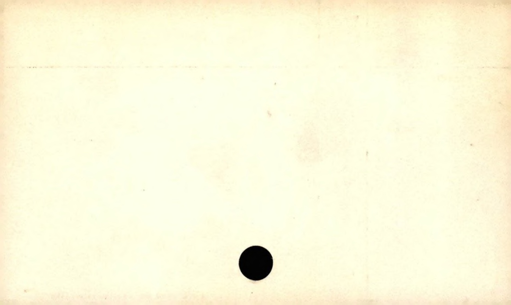
Label: blank